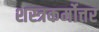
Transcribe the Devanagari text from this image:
शस्त्रकर्मोत्तर